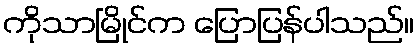
ကိုသာမြိုင်က ပြောပြန်ပါသည်။